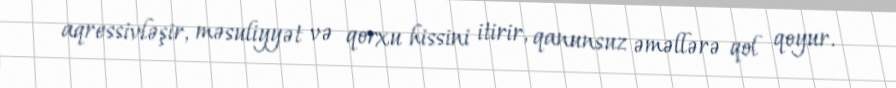
aqressivləşir, məsuliyyət və qorxu hissini itirir, qanunsuz əməllərə qol qoyur.